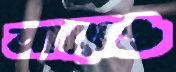
আয়েও